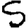
Digit: 5